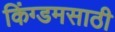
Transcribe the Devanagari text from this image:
किंग्डमसाठी